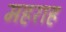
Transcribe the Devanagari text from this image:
महराह